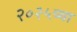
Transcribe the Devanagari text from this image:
२०२५च्या